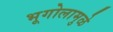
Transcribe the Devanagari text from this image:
भूगोलामुळे